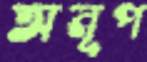
অনূপ